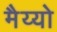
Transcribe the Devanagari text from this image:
मैय्यो